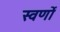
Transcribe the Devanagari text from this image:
स्वर्णों